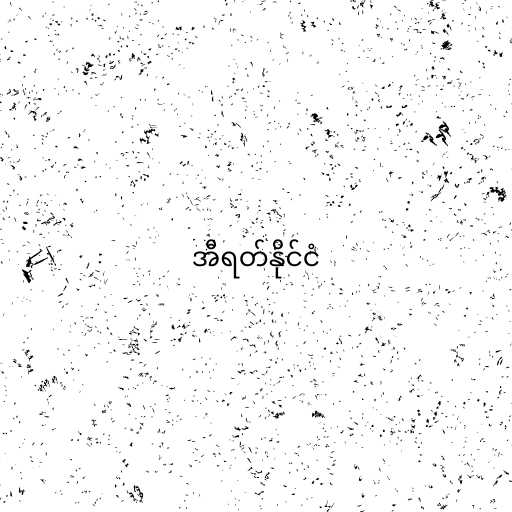
အီရတ်နိုင်ငံ